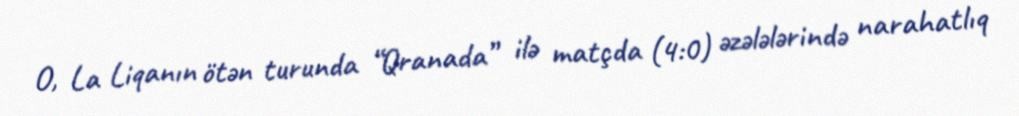
O, La Liqanın ötən turunda “Qranada” ilə matçda (4:0) əzələlərində narahatlıq